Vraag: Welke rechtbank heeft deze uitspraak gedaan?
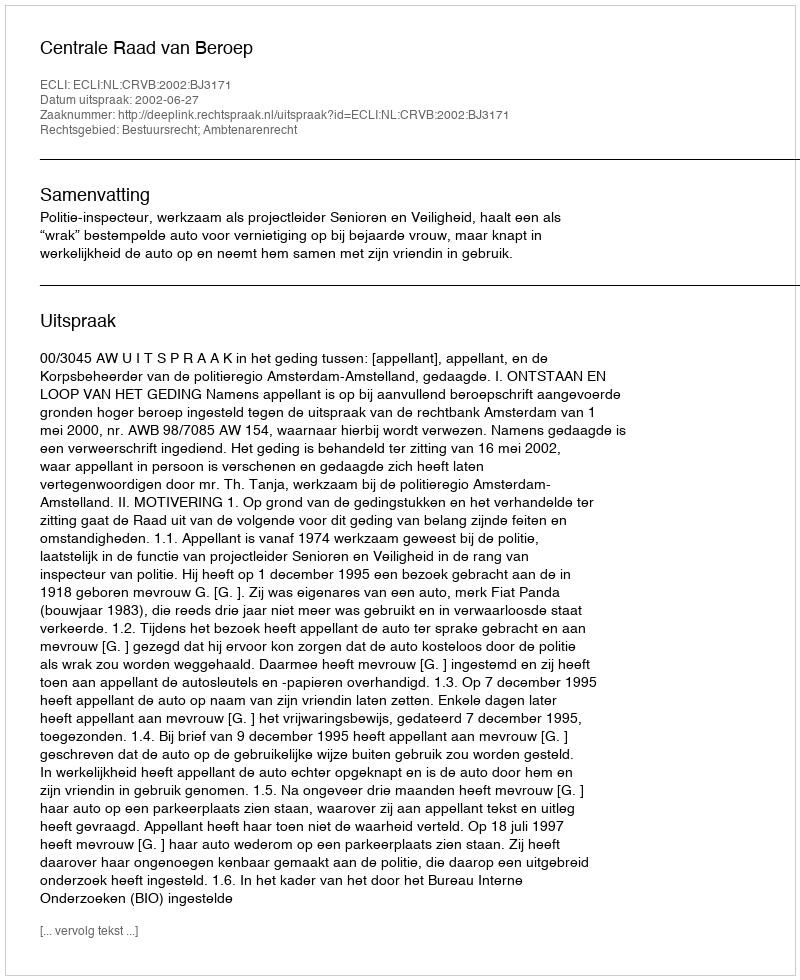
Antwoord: Centrale Raad van Beroep